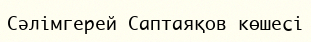
Сәлімгерей Саптаяқов көшесі